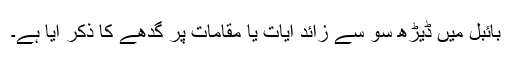
بائبل میں ڈیڑھ سو سے زائد آیات یا مقامات پر گدھے کا ذکر آیا ہے۔